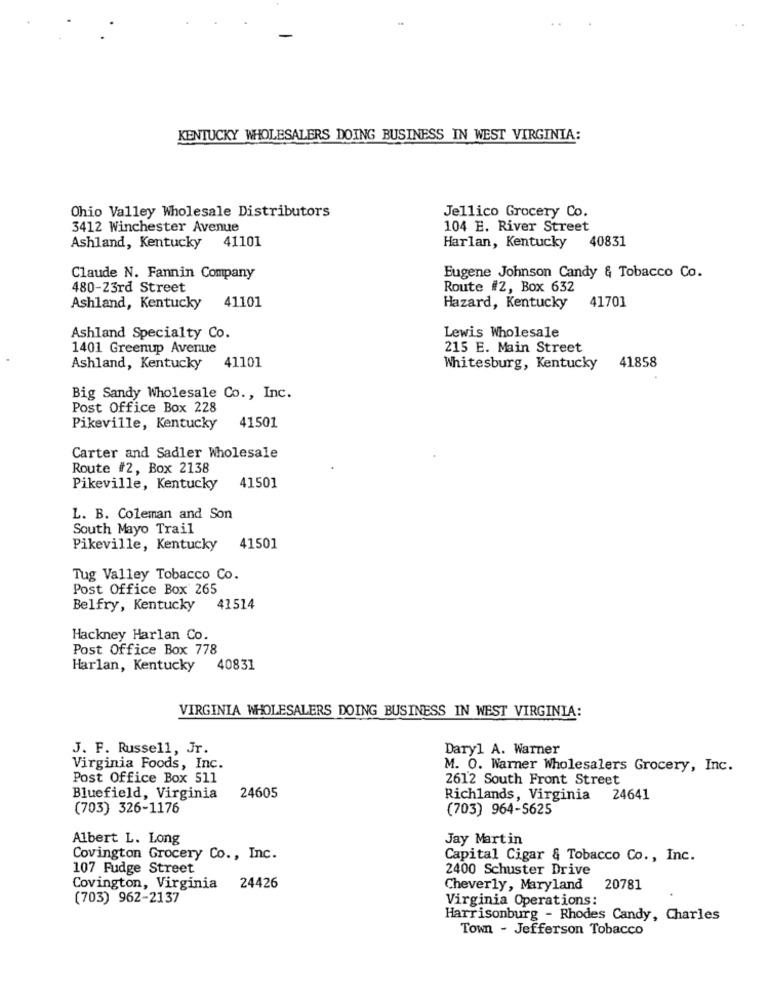
KENTUCKY WHOLESALERS DOING BUSINESS IN WEST VIRGINIA:
Ohio Valley Wholesale Distributors
Jellico Grocery Co.
3412 Winchester Avenue
104 E. River Street
40831
Ashland, Kentucky 41101
Harlan, Kentucky
Claude N. Fannin Company
Eugene Johnson Candy & Tobacco Co.
480-23rd Street
Route #2, Box 632
41101
41701
Ashland, Kentucky
Hazard, Kentucky
Ashland Specialty Co.
Lewis Wholesale
1401 Greenup Avenue
215 E. Main Street
41101
41858
Ashland, Kentucky
Whitesburg, Kentucky
Big Sandy Wholesale Co ., Inc.
Post Office Box 228
Pikeville, Kentucky
41501
Carter and Sadler Wholesale
Route #2, Box 2138
Pikeville, Kentucky
41501
L. B. Coleman and Son
South Mayo Trail
Pikeville, Kentucky
41501
Tug Valley Tobacco Co.
Post Office Box 265
Belfry, Kentucky
41514
Hackney Harlan Co.
Post Office Box 778
Harlan, Kentucky 40831
VIRGINIA WHOLESALERS DOING BUSINESS IN WEST VIRGINIA:
J. F. Russell, Jr.
Daryl A. Warner
Virginia Foods, Inc.
M. O. Warner Wholesalers Grocery, Inc.
Post Office Box 511
2612 South Front Street
24605
Bluefield, Virginia
Richlands, Virginia
24641
(703) 326-1176
(703) 964-5625
Albert L. Long
Jay Martin
Covington Grocery Co ., Inc.
Capital Cigar & Tobacco Co ., Inc.
107 Fudge Street
2400 Schuster Drive
Covington, Virginia 24426
Cheverly, Maryland 20781
(703) 962-2137
Virginia Operations:
Harrisonburg - Rhodes Candy, Charles
Town - Jefferson Tobacco